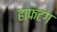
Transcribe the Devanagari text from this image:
हाफटंग